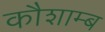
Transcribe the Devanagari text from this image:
कौशाम्ब